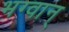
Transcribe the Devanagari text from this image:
भग्वान्